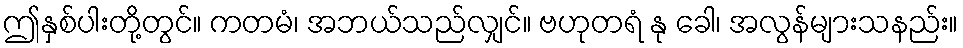
ဤနှစ်ပါးတို့တွင်။ ကတမံ၊ အဘယ်သည်လျှင်။ ဗဟုတရံ နု ခေါ၊ အလွန်များသနည်း။